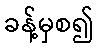
ခန့်မှစ၍